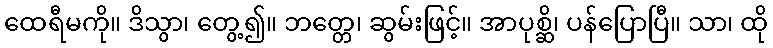
ထေရီမကို။ ဒိသွာ၊ တွေ့၍။ ဘတ္တေ၊ ဆွမ်းဖြင့်။ အာပုစ္ဆိ၊ ပန်ပြောပြီ။ သာ၊ ထို